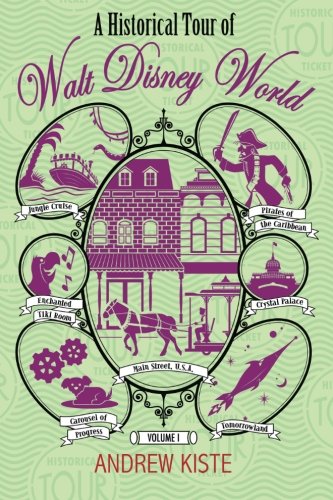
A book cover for A Historical Tour of Walt Disney World: Volume 1; Andrew Kiste; Travel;